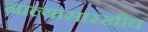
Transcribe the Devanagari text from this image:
नाल्यासारखीच